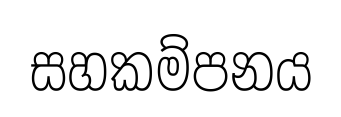
සහකම්පනය